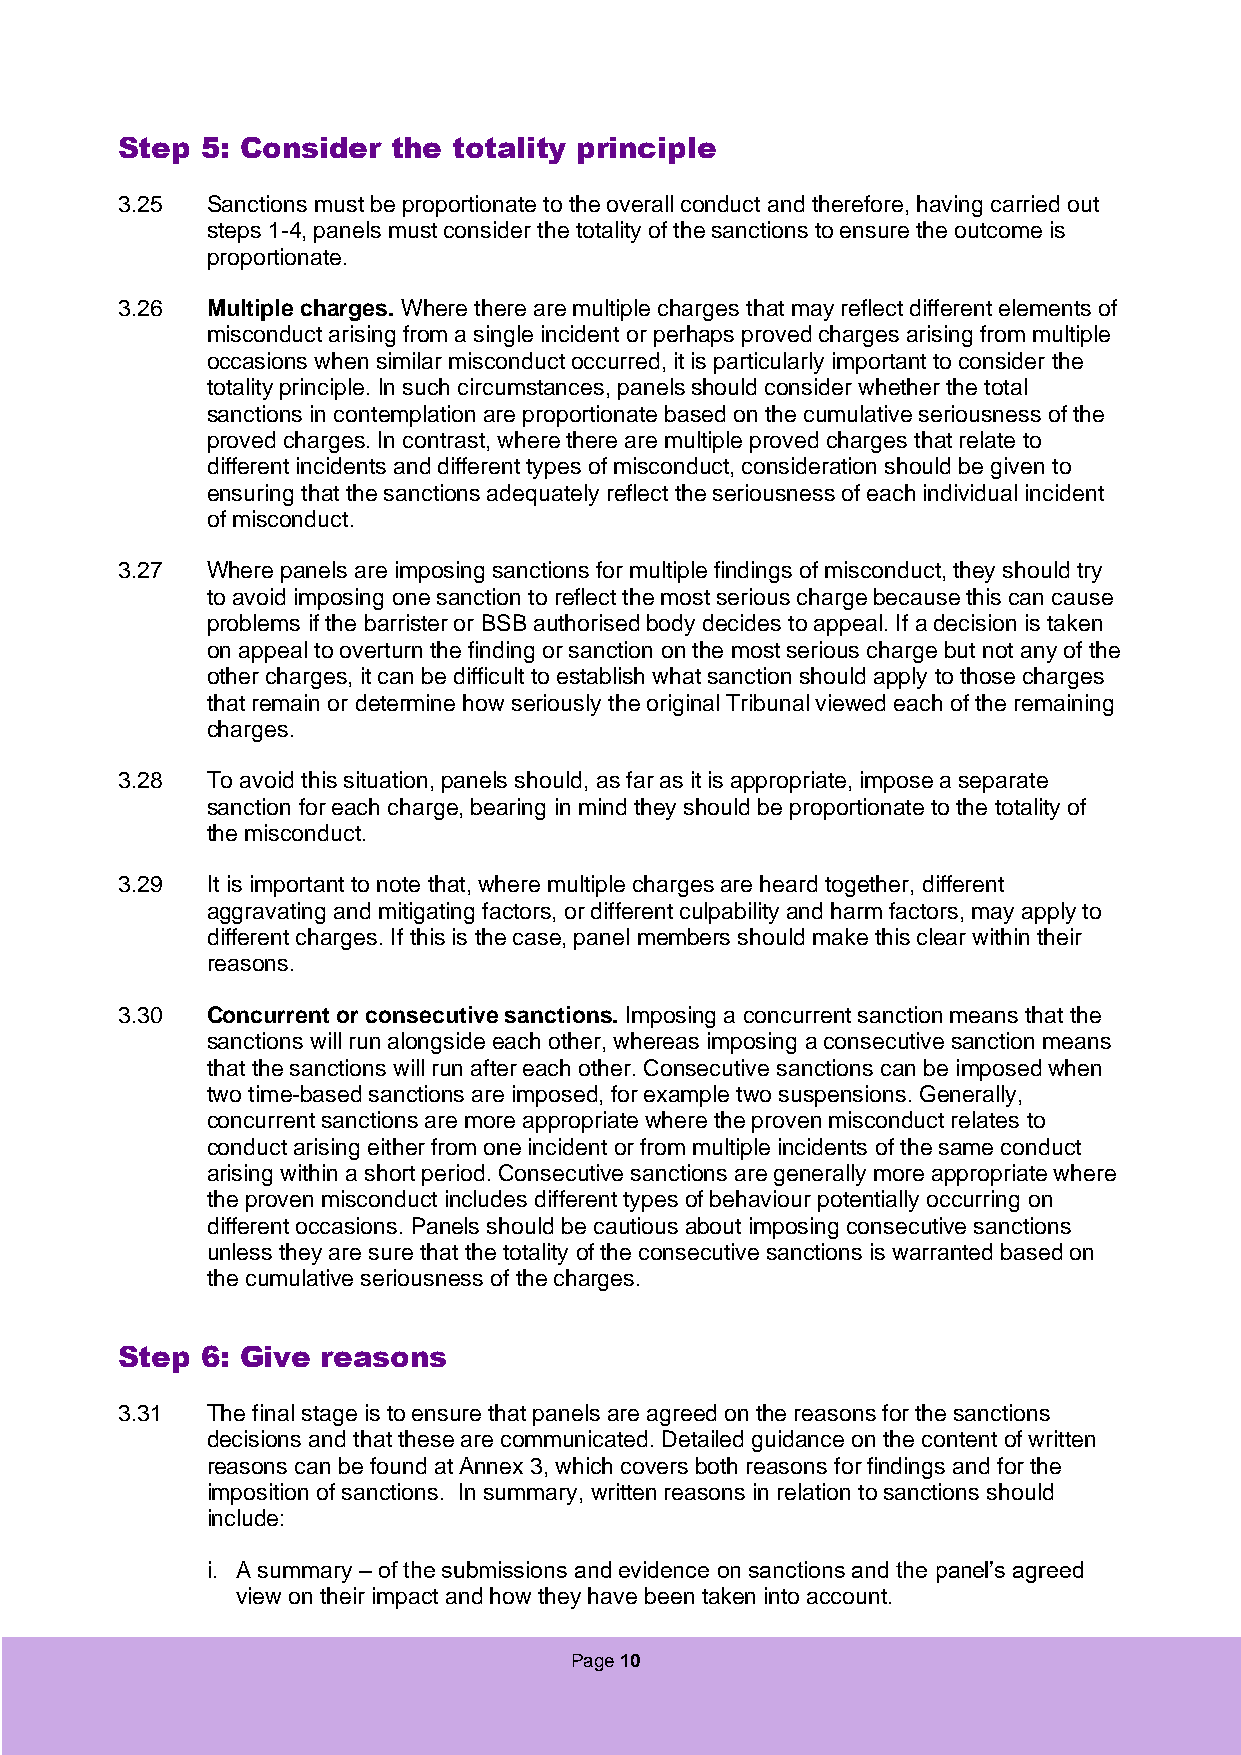
Step 5: Consider  the totality principle
 3.25  Sanctions must be proportionate to the overall conduct and therefore, having carried out
 steps 1-4, panels must consider the totality of the sanctions to ensure the outcome is
 proportionate.
 3.26  Multiple charges. Where there are multiple charges that may reflect different elements of
 misconduct arising from a single incident or perhaps proved charges arising from multiple
 occasions when similar misconduct occurred, it is particularly important to consider the
 totality principle. In such circumstances, panels should consider whether the total
 sanctions in contemplation are proportionate based on the cumulative seriousness of the
 proved charges. In contrast, where there are multiple proved charges that relate to
 different incidents and different types of misconduct, consideration should be given to
 ensuring that the sanctions adequately reflect the seriousness of each individual incident
 of misconduct.
 3.27  Where panels are imposing sanctions for multiple findings of misconduct, they should try
 to avoid imposing one sanction to reflect the most serious charge because this can cause
 problems if the barrister or BSB authorised body decides to appeal. If a decision is taken
 on appeal to overturn the finding or sanction on the most serious charge but not any of the
 other charges, it can be difficult to establish what sanction should apply to those charges
 that remain or determine how seriously the original Tribunal viewed each of the remaining
 charges.
 3.28  To avoid this situation, panels should, as far as it is appropriate, impose a separate
 sanction for each charge, bearing in mind they should be proportionate to the totality of
 the misconduct.
 3.29  It is important to note that, where multiple charges are heard together, different
 aggravating and mitigating factors, or different culpability and harm factors, may apply to
 different charges. If this is the case, panel members should make this clear within their
 reasons.
 3.30  Concurrent or consecutive sanctions. Imposing a concurrent sanction means that the
 sanctions will run alongside each other, whereas imposing a consecutive sanction means
 that the sanctions will run after each other. Consecutive sanctions can be imposed when
 two time-based sanctions are imposed, for example two suspensions. Generally,
 concurrent sanctions are more appropriate where the proven misconduct relates to
 conduct arising either from one incident or from multiple incidents of the same conduct
 arising within a short period. Consecutive sanctions are generally more appropriate where
 the proven misconduct includes different types of behaviour potentially occurring on
 different occasions. Panels should be cautious about imposing consecutive sanctions
 unless they are sure that the totality of the consecutive sanctions is warranted based on
 the cumulative seriousness of the charges.
 Step 6: Give reasons
 3.31  The final stage is to ensure that panels are agreed on the reasons for the sanctions
 decisions and that these are communicated. Detailed guidance on the content of written
 reasons can be found at Annex 3, which covers both reasons for findings and for the
 imposition of sanctions. In summary, written reasons in relation to sanctions should
 include:
 i. A summary – of the submissions and evidence on sanctions and the panel’s agreed
 view on their impact and how they have been taken into account.
 Page 10